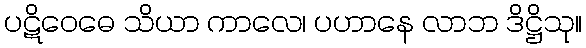
ပဋိဝေဓေ သိယာ ကာလေ၊ ပဟာနေ လာဘ ဒိဋ္ဌိသု။